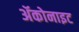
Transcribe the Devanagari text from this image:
ॲकोनाइट